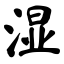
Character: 湿